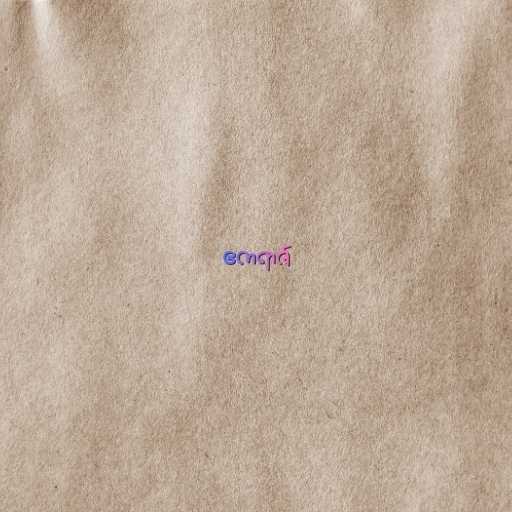
ဧကရာဇ်